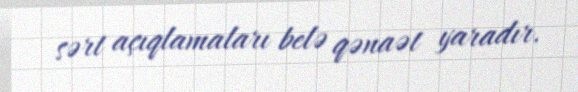
sərt açıqlamaları belə qənaət yaradır.